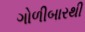
ગોળીબારથી